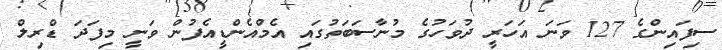
ސިފައިންގެ 127 ވަނަ އަހަރީ ދުވަހުގެ މުނާސަބަތުގައި އެމްއެންޑީއެފުން ވަނީ މިފަދަ ޑްރިލް